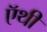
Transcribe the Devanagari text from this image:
ऍथी